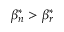
\beta _ { n } ^ { * } > \beta _ { r } ^ { * }